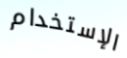
الإستخدام